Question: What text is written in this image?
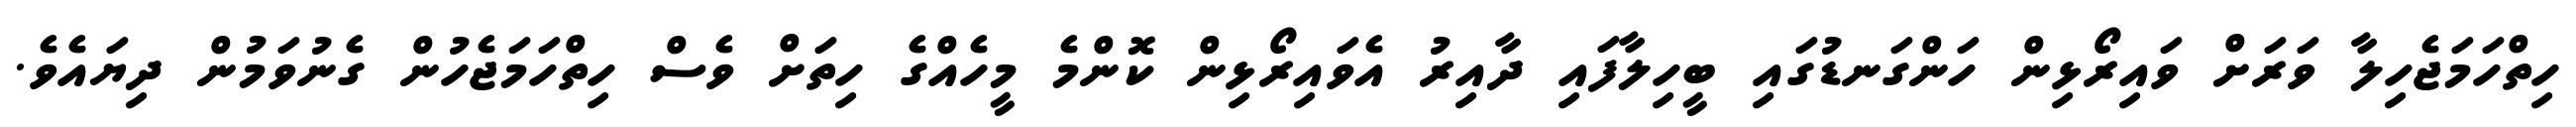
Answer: ހިތްހަމަޖެހިލާ ވަރަށް ވައިރޯޅިން ހަންގަނޑުގައި ބީހިލާފައި ދާއިރު އެވައިރޯޅިން ކޮންމެ މީހެއްގެ ހިތަށް ވެސް ހިތްހަމަޖެހުން ގެނުވަމުން ދިޔައެވެ.